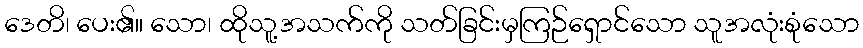
ဒေတိ၊ ပေး၏။ သော၊ ထိုသူ့အသက်ကို သတ်ခြင်းမှကြဉ်ရှောင်သော သူအလုံးစုံသော